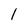
Character: 1